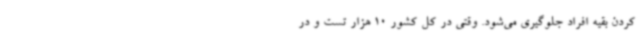
کردن بقیه افراد جلوگیری می‌شود. وقتی در کل کشور 10 هزار تست و در